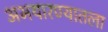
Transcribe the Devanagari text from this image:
अभयारण्यातला